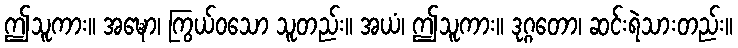
ဤသူကား။ အဍ္ဎော၊ ကြွယ်ဝသော သူတည်း။ အယံ၊ ဤသူကား။ ဒုဂ္ဂတော၊ ဆင်းရဲသားတည်း။